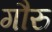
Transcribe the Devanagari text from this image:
गौरु